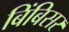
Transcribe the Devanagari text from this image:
बिंबिसर